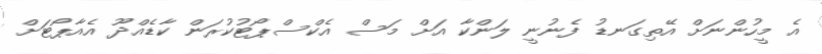
އެ މީހުންނަށް އޭތިގަނޑު ފެނުނީ ލަންކާ އަށް މަސް އެކްސްޕޯޓުކުރަން ކާޑެއްދޫ އެއާޕޯޓަށް